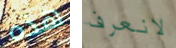
هذه لانعرف